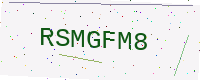
Text: RSMGFM8